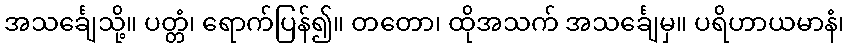
အသင်္ချေသို့။ ပတ္တံ၊ ရောက်ပြန်၍။ တတော၊ ထိုအသက် အသင်္ချေမှ။ ပရိဟာယမာနံ၊